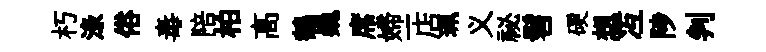
朽渌俗毒陪柏高鶴巍席婦一店珮义祕髫硬想冱陟判